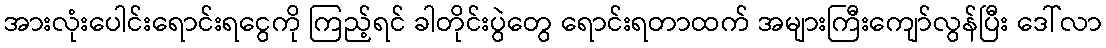
အားလုံးပေါင်းရောင်းရငွေကို ကြည့်ရင် ခါတိုင်းပွဲတွေ ရောင်းရတာထက် အများကြီးကျော်လွန်ပြီး ဒေါ်လာ